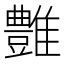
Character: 𩁑